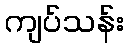
ကျပ်သန်း